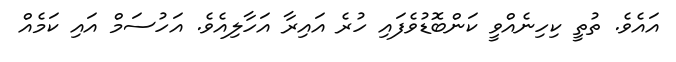
އައެވެ. ތުތީ ކިހިނެއްވީ ކަންބޮޑުވެފައި ހުރެ އައިރާ އަހާލިއެވެ. އަހުސަމް އައި ކަމެއް